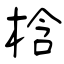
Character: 梒